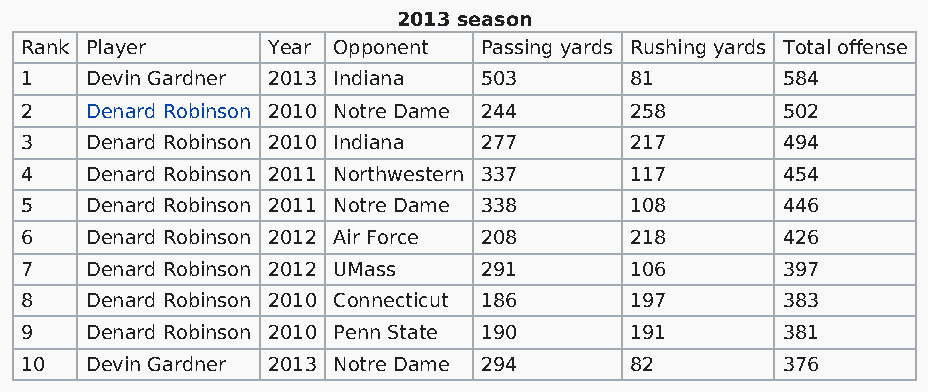
2013 season
 Rank Player      Year Opponent Passing yards Rushing yards Total offense
 1    Devin Gardner 2013 Indiana 503      81        584
 2    Denard Robinson 2010 Notre Dame 244 258       502
 3    Denard Robinson 2010 Indiana 277    217       494
 4    Denard Robinson 2011 Northwestern 337 117     454
 5    Denard Robinson 2011 Notre Dame 338 108       446
 6    Denard Robinson 2012 Air Force 208  218       426
 7    Denard Robinson 2012 UMass 291      106       397
 8    Denard Robinson 2010 Connecticut 186 197      383
 9    Denard Robinson 2010 Penn State 190 191       381
 10   Devin Gardner 2013 Notre Dame 294   82        376